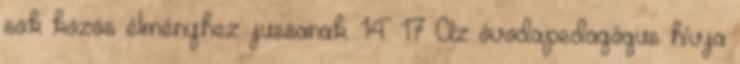
sok közös élményhez jussanak. 14 17 Az óvodapedagógus hívja